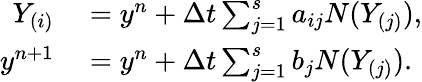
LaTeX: \begin{array}{rl}{Y_{(i)}}&{{}=y^{n}+\Delta t\sum_{j=1}^{s}a_{ij}N(Y_{(j)}),}\\ {y^{n+1}}&{{}=y^{n}+\Delta t\sum_{j=1}^{s}b_{j}N(Y_{(j)}).}\end{array}